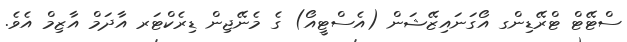
ސްޓޭޓް ޓްރޭޑިންގ އޯގަނައިޒޭޝަން (އެސްޓީއޯ) ގެ މެނޭޖިން ޑިރެކްޓަރ އާދަމް އާޒިމް އެވެ.